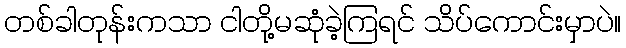
တစ်ခါတုန်းကသာ ငါတို့မဆုံခဲ့ကြရင် သိပ်ကောင်းမှာပဲ။